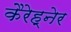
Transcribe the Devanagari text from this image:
कैरेह्नेर